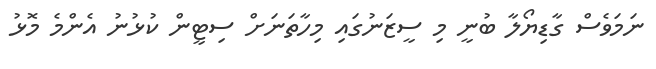
ނަމަވެސް ގާޑިޔޯލާ ބުނީ މި ސީޒަނުގައި މިހާތަނަށް ސިޓީން ކުޅުނު އެންމެ މޮޅު